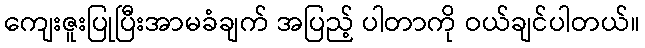
ကျေးဇူးပြုပြီးအာမခံချက် အပြည့် ပါတာကို ဝယ်ချင်ပါတယ်။